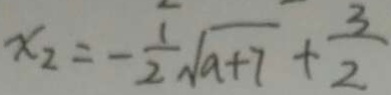
x _ { 2 } = - \frac { 1 } { 2 } \sqrt { a + 7 } + \frac { 3 } { 2 }